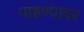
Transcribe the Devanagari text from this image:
पाहण्यावर